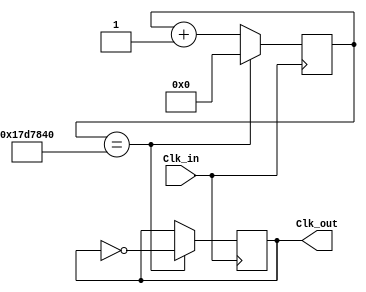
//clocks
module clocks(
    input Clk_in,
    output reg Clk_out =0
);
parameter count = 25000000;
reg [24:0] counter=0;
    always @(posedge Clk_in)
		if (counter==count) begin
      Clk_out <= ~Clk_out;
		counter=0;
      end else begin
      counter <= counter+1;
		end

   
endmodule